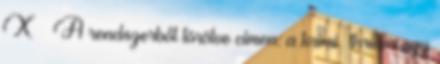
X – A rendszerből törölve címen: a krimi thriller egy